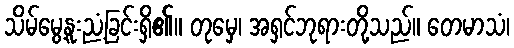
သိမ်မွေ့နူးညံ့ခြင်းရှိ၏။ တုမှေ၊ အရှင်ဘုရားတို့သည်။ တေမာသံ၊